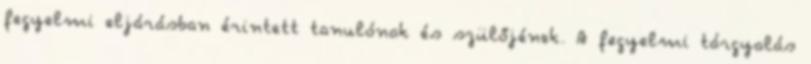
fegyelmi eljárásban érintett tanulónak és szülőjének. A fegyelmi tárgyalás